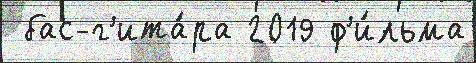
 бас-г'ита́ра 2019 ф'и́льма